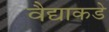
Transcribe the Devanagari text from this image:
वैद्याकडे